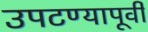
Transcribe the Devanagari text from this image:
उपटण्यापूर्वी